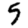
Digit: 5